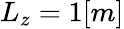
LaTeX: L_{z}=1[m]